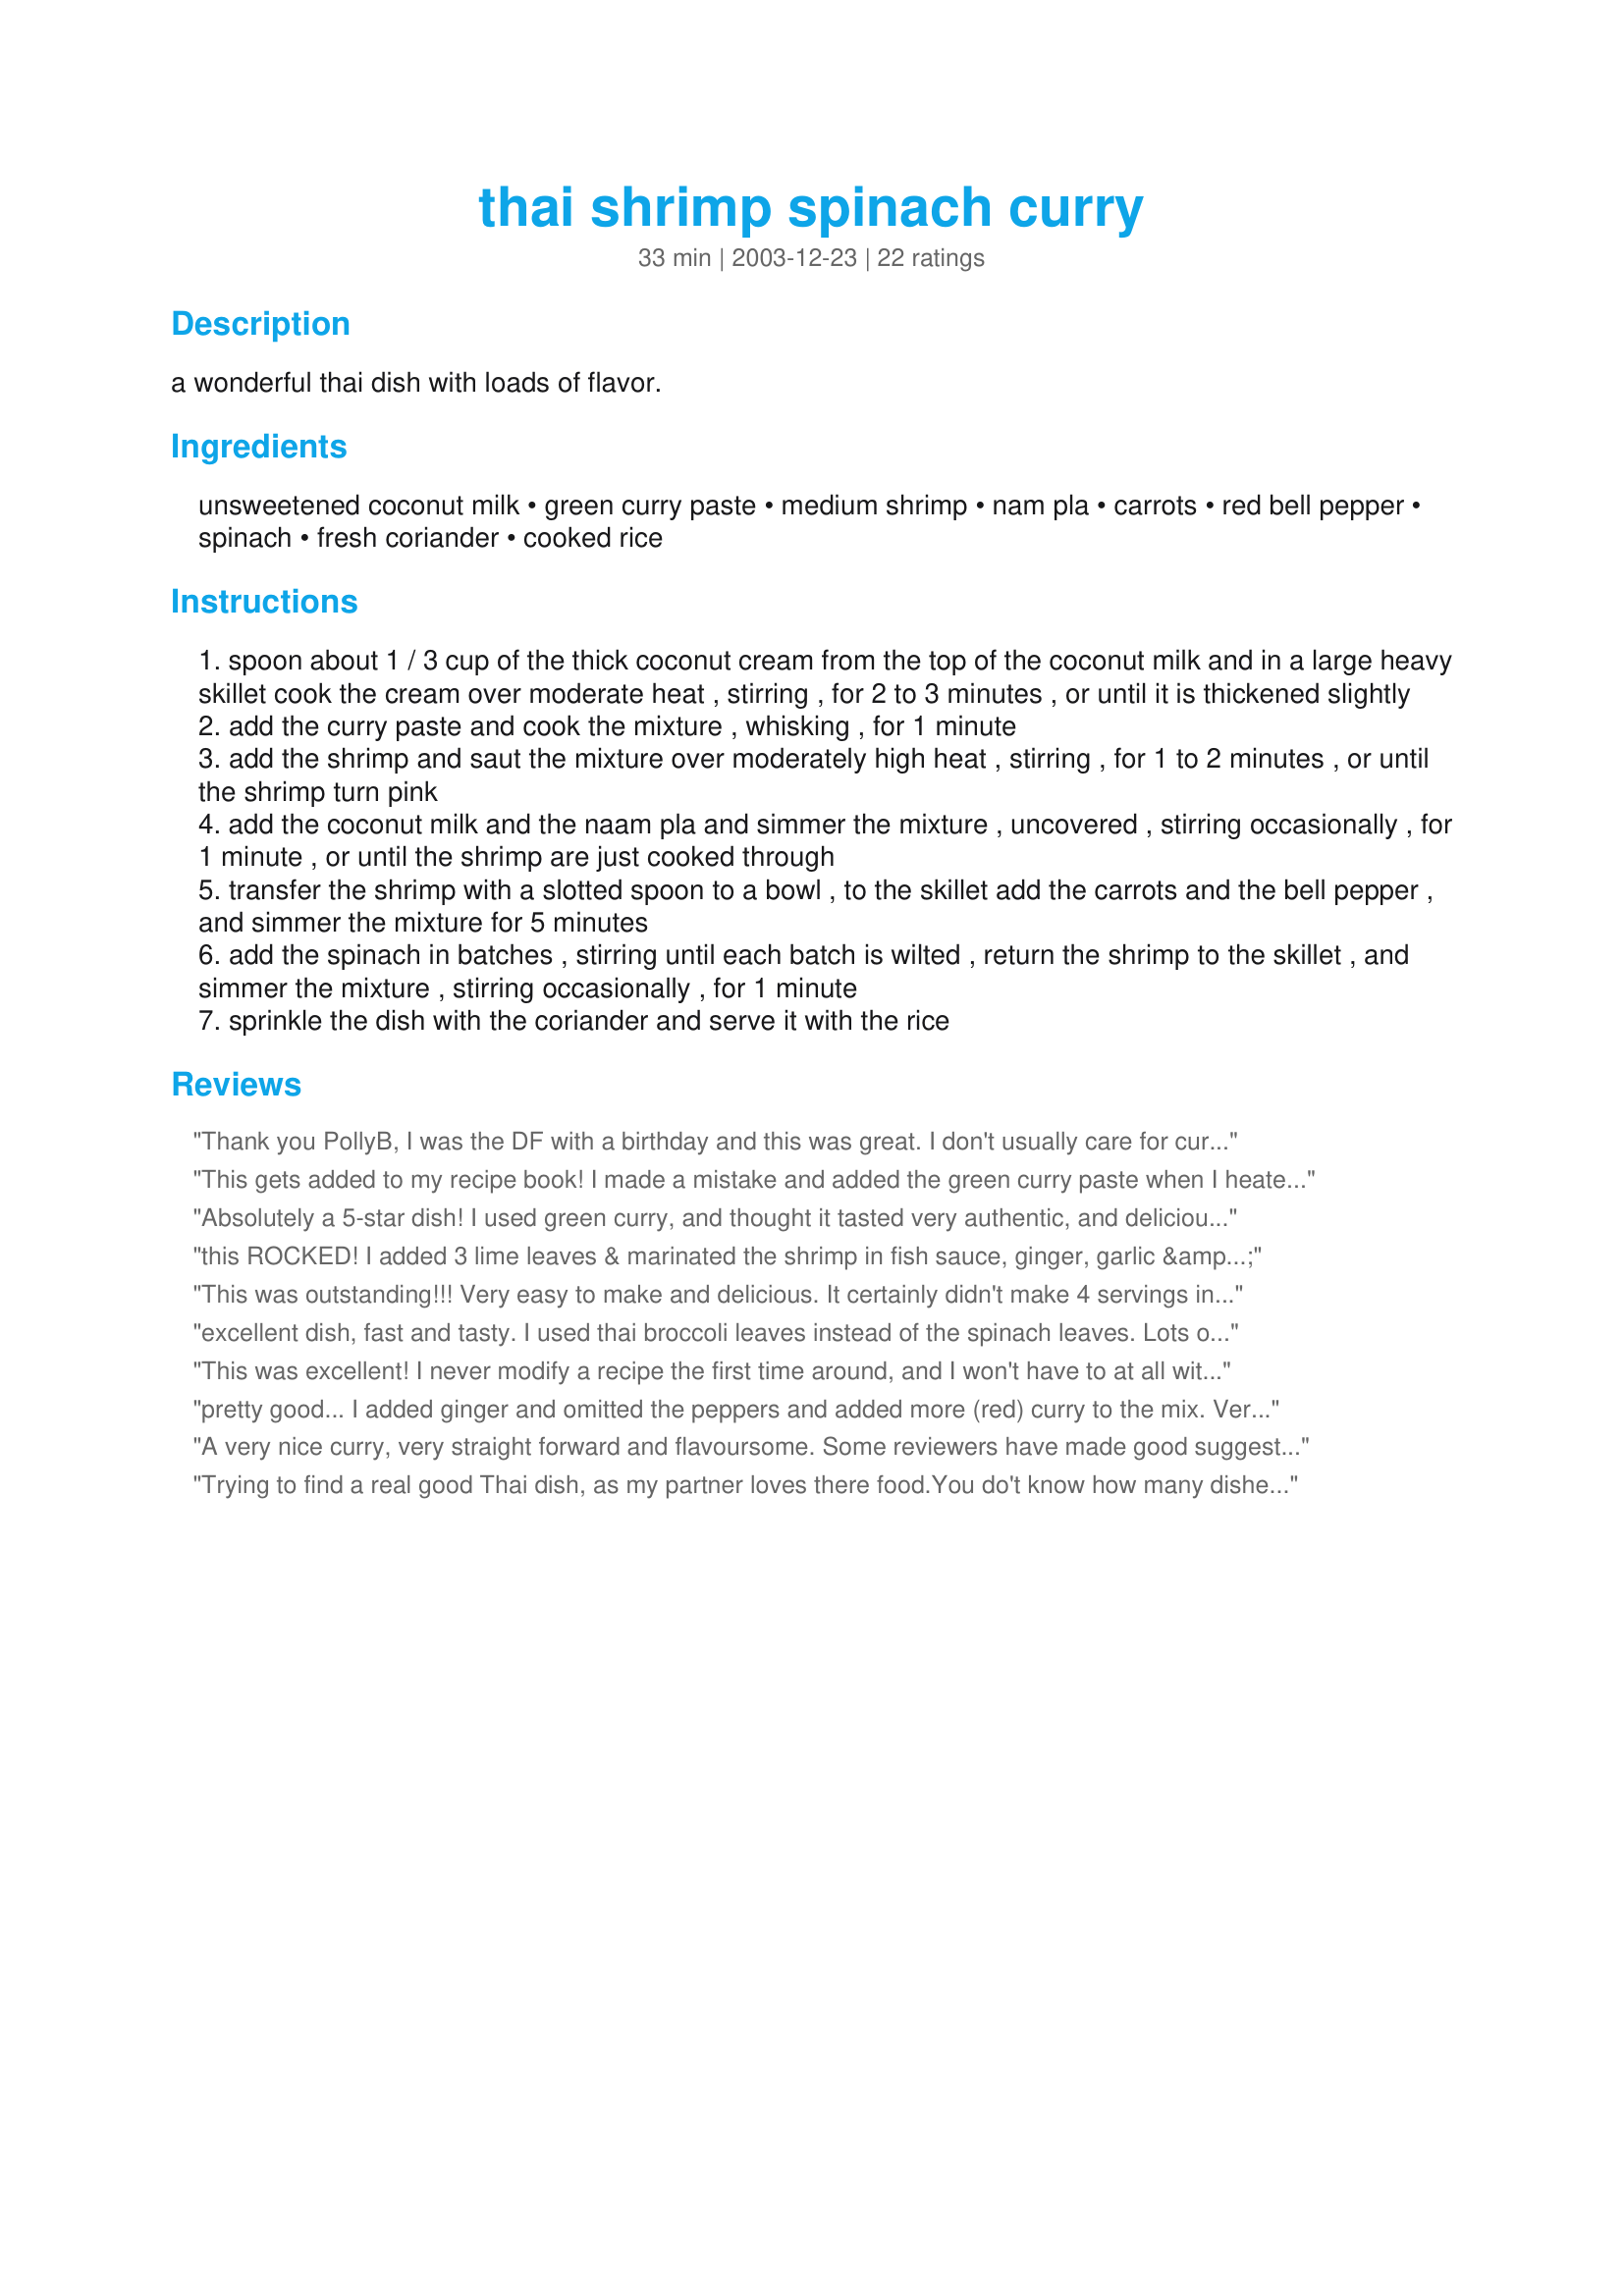
thai shrimp spinach curry
Preparation time: 33 minutes

a wonderful thai dish with loads of flavor.

Ingredients:
unsweetened coconut milk, green curry paste, medium shrimp, nam pla, carrots, red bell pepper, spinach, fresh coriander, cooked rice

Steps:
spoon about 1 / 3 cup of the thick coconut cream from the top of the coconut milk and in a large heavy skillet cook the cream over moderate heat , stirring , for 2 to 3 minutes , or until it is thickened slightly
add the curry paste and cook the mixture , whisking , for 1 minute
add the shrimp and saut the mixture over moderately high heat , stirring , for 1 to 2 minutes , or until the shrimp turn pink
add the coconut milk and the naam pla and simmer the mixture , uncovered , stirring occasionally , for 1 minute , or until the shrimp are just cooked through
transfer the shrimp with a slotted spoon to a bowl , to the skillet add the carrots and the bell pepper , and simmer the mixture for 5 minutes
add the spinach in batches , stirring until each batch is wilted , return the shrimp to the skillet , and simmer the mixture , stirring occasionally , for 1 minute
sprinkle the dish with the coriander and serve it with the rice

Reviews:
Thank you PollyB, I was the DF with a birthday and this was great. I don't usually care for curry much and don't eat cooked spinach, but I was game and it was good! I'm usually willing to try new things but and this was one I added to my cookbooks. Will make it when BF comes back to town.
This gets added to my recipe book! I made a mistake and added the green curry paste when I heated the milk instead of after it thickened. Still came out great. We were out of bell peppers and so I used a half of a jalapeno (It's all I had).

My sweetie says this is a keeper. We had no leftovers.
Absolutely a 5-star dish! I used green curry, and thought it tasted very authentic, and delicious. I allowed the cocunut milk and curry paste to simmer together with the red pepper and carrots for about 10 minutes, then added the fish sauce and shrimp. Once the shrimp started to look pink, I added the spinach, and cooked until wilted. The shrimp, veggies, and spinach all turned out perfectly. Next time, I might try adding sweet potatoes, but other than that, I'm not going to modify this perfect recipe at all!
this ROCKED! I added 3 lime leaves & marinated the shrimp in fish sauce, ginger, garlic & minced lemon grass with a splash of vodka. Made a restaurant quality meal that I will serve again (this was part of a birthday meal for DF). Thank you PollyB for a great recipe!
This was outstanding!!! Very easy to make and delicious. It certainly didn't make 4 servings in my household, though. Two of us polished it off for dinner.
excellent dish, fast and tasty. I used thai broccoli leaves instead of the spinach leaves. Lots of love from Sweden
This was excellent! I never modify a recipe the first time around, and I won't have to at all with this one....it's perfect as is. My picky kids fought over it. No leftovers, for a change! I might try it with chicken sometime, but other than that, I wouldn't change a thing. Thanks for sharing.
pretty good... I added ginger and omitted the peppers and added more (red) curry to the mix. Very clean and a nice change.
A very nice curry, very straight forward and flavoursome. Some reviewers have made good suggestions which I shall try as well, but this is very good as is, thanks Polly, for a lovely recipe :)
Trying to find a real good Thai dish, as my partner loves there food.You do't know how many dishes I have cooked and they are alright but this dish.... Well it got the thumbs up from him and what a beautiful dish. Thanks
The flavor was good, although just a touch on the bland side. I added fresh sliced ginger, cilantro, one sweet onion, two cloves of garlic, and cayanne pepper. Also, I think halving the shrimp and doubling the spinach would have produced a better balance between the vegetables and shrimp.
We really enjoyed this curry dish. Used green curry paste and added a tiny bit of broccoli florets as I needed to use up, otherwise followed the directions as posted. Colorful and flavorful. Thanks for posting.
Very good, very flavorful, very easy. I really liked the mixing curry paste in the coconut cream that worked really well. I did add just a little brown sugar for my taste buds.
This dish is ridiculously easy and very aesthetically pleasing as well. I used green curry paste with a little bit of honey which gives it a warmer flavor. I thought about adding some scallions, maybe next time. (I've made it three times already.) Definitely a great dish without any variations. Thanks!
Yummers! This is very comparable to several green curries I had when I visited Thailand last year. Best of all, this is the best way to cook Thai food - fast, fresh and easy! I added some fresh cilantro and a couple shallots which enhanced the taste. This was great over jasmin rice. Thanks!
This was very easy and delicious. I used green curry paste, and added brocolli and a sweet round onion, and left out the spinach because I didnt have any. I also added some fresh basil in the end, along with the cilantro. I served it over steamed jasmine rice. It looked and tasted delicious. Thanks.
This is really simple and quick to make, so ideal for a week night but it certainly is special enough for the weekend too. I halved the recipe, but otherwise followed it as written. I found it was lacking a bit of something, so I did end up adding more green curry paste which gave it a little more of a kick. I'd still like to add a little more flavour next time, maybe some chillies or lemon grass, but it definitely will be made again in my house. Thanks for sharing.
Very good curry. It was really easy and fast to make. Next time I'd probably add some more curry to add additional flavor. Some honey might taste good too. Will make again!
Excellent recipe. I made as written except less fish sauce. DH loved it. I had my serving and he ate the rest of it.
I used red curry paste and loved it. Very easy to make too. The flavor was great, but I would have preferred slightly more spiciness, but that's just me.
This is my DH favorite recipe. HE LOVES IT! He likes it really hot, so I use 3 tbsps. red curry. I agree with several people that have mentioned that Mae Ploy curries are the best. They taste great and don't have any sugar. Red Boat is a great fish sauce. It too does not contain any sugar, when many other brands add it. By using Mae Ploy curry, Red Boat fish sauce and omitting the rice, this recipe makes a delicious low carb/primal/paleo dish. UPDATE: I made this with chicken (boneless, skinless thighs) instead of the shrimp over the weekend and it was just as delicious.
My BF really liked this dish. I think it was easy to make and thought it was tasty and healthy! I added some fresh ginger and basil. I had this dish on my list of recipes to try for a long time and it was worth the wait. Great recipe for a beginner cook or more advanced cook. Polly, 10 stars!!!
